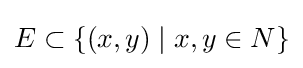
\textstyle E\subset \{(x,y)\mid x,y\in N\}